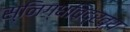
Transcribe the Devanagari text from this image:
स्निग्धविद्रव्य